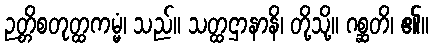
ဉတ္တိစတုတ္ထကမ္မံ၊ သည်။ သတ္ထဌာနာနိ၊ တို့သို့။ ဂစ္ဆတိ၊ ၏။